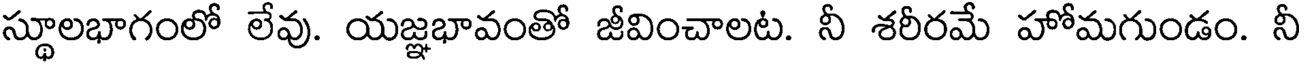
స్థూలభాగంలో లేవు. యజ్ఞభావంతో జీవించాలట. నీ శరీరమే హోమగుండం. నీ